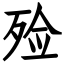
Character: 殓